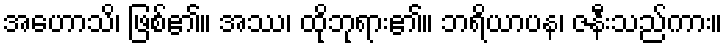
အဟောသိ၊ ဖြစ်၏။ အဿ၊ ထိုဘုရား၏။ ဘရိယာပန၊ ဇနီးသည်ကား။